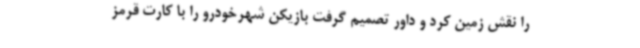
را نقش زمین کرد و داور تصمیم گرفت بازیکن شهرخودرو را با کارت قرمز